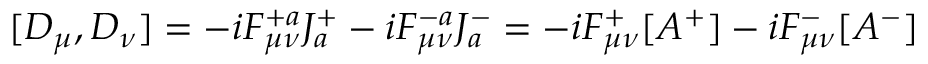
[ D _ { \mu } , D _ { \nu } ] = - i F _ { \mu \nu } ^ { + a } J _ { a } ^ { + } - i F _ { \mu \nu } ^ { - a } J _ { a } ^ { - } = - i F _ { \mu \nu } ^ { + } [ A ^ { + } ] - i F _ { \mu \nu } ^ { - } [ A ^ { - } ]